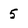
Character: 5